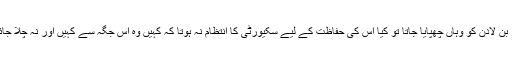
اگر بن لادن کو وہاں چھپایا جاتا تو کیا اس کی حفاظت کے لیے سکیورٹی کا انتظام نہ ہوتا کہ کہیں وہ اس جگہ سے کہیں اور نہ چلا جائے۔